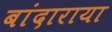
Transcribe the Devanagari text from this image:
बांदाराया